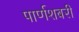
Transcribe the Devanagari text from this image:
पार्णशबरी